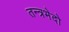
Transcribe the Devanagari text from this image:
तन्त्रभेदो